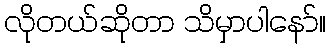
လိုတယ်ဆိုတာ သိမှာပါနော်။